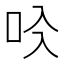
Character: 𠯱